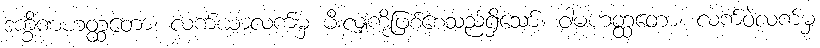
ဒက္ခိဏဟတ္ထတော၊ လက်ယာလက်မှ မီးလျှံကိုဖြစ်စေသည်ရှိသော်။ ဝါမဟတ္ထတော၊ လက်ဝဲလက်မှ